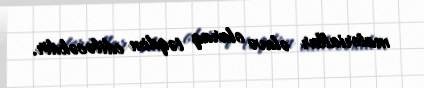
materiallar əlavə olaraq təqdim ediləcəkdir.